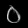
Digit: ၀